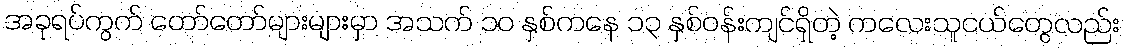
အခုရပ်ကွက် တော်တော်များများမှာ အသက် ၁၀ နှစ်ကနေ ၁၃ နှစ်ဝန်းကျင်ရှိတဲ့ ကလေးသူငယ်တွေလည်း